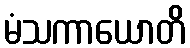
မံသကာယောတိ